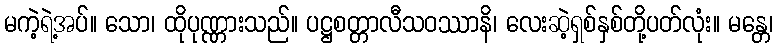
မကဲ့ရဲ့အပ်။ သော၊ ထိုပုဏ္ဏားသည်။ ပဋ္ဌစတ္တာလီသဝဿာနိ၊ လေးဆဲ့ရှစ်နှစ်တို့ပတ်လုံး။ မန္တေ၊